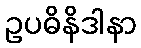
ဥပဓိနိဒါနာ